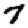
Digit: 7